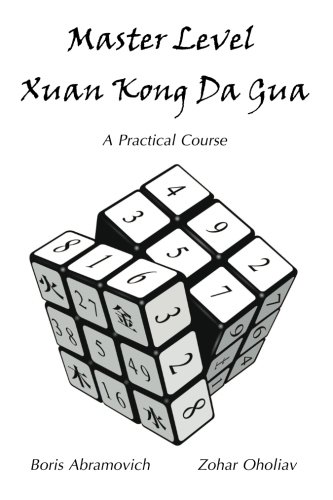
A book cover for Master Level Xuan Kong Da Gua: A Practical Course; Mr Boris Abramovich; Religion & Spirituality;